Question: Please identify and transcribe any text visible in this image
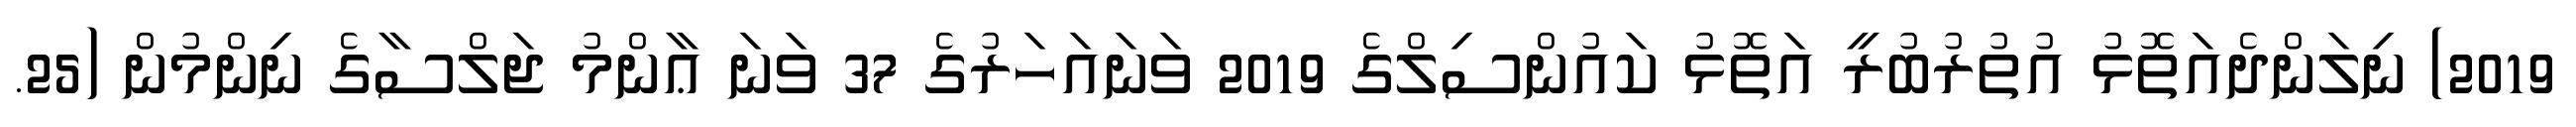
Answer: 2019) ނިލަންދެއަތޮޅު އުތުރުބުރީ އަތޮޅު ކައުންސިލްގެ 2019 ވަނައަހަރުގެ 37 ވަނަ ޢާންމު ޖަލްސާގެ ނިންމުން (25.